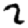
Digit: 2